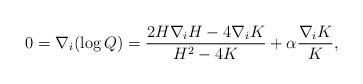
LaTeX: \begin{align*}0=\nabla_i (\log Q)=\frac{2H\nabla_i H-4\nabla_i K}{H^2-4K}+\alpha\frac{\nabla_i K}{K},\end{align*}